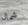
شمال